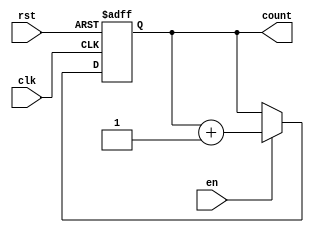
module binary_counter (
  input wire clk,
  input wire rst,
  input wire en,
  output reg [3:0] count
);

  always @(posedge clk or posedge rst) begin
    if (rst) begin
      count <= 4'd0;
    end else if (en) begin
      count <= count + 1;
    end
  end

endmodule